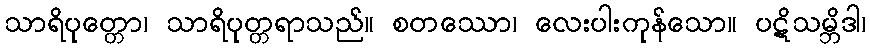
သာရိပုတ္တော၊ သာရိပုတ္တရာသည်။ စတဿော၊ လေးပါးကုန်သော။ ပဋိသမ္ဘိဒါ၊